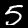
Digit: 5